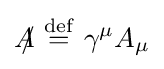
{A\!\!\!/}\ {\stackrel {\mathrm {def} }{=}}\ \gamma ^{\mu }A_{\mu }